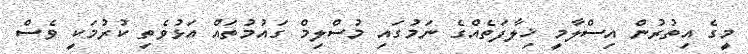
މީގެ އިތުރުން އިސްލާމީ ޚިލާފަތެއްގެ ނަމުގައި މުސްލިމް ގައުމުތައް އަޅުވެތި ކުރުމަކީ ވެސް